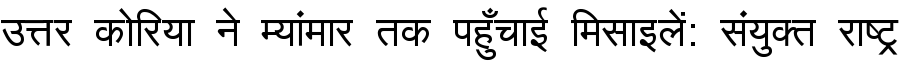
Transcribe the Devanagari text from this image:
उत्तर कोरिया ने म्यांमार तक पहुँचाई मिसाइलें: संयुक्त राष्ट्र